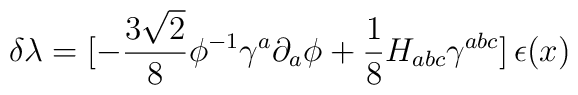
\delta \lambda = [- {3\sqrt 2\over 8} \phi^{-1}\gamma^a \partial_a \phi +{1\over 8} H_{abc} \gamma^{abc}]\, \epsilon (x)